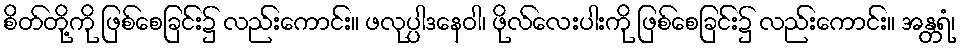
စိတ်တို့ကို ဖြစ်စေခြင်း၌ လည်းကောင်း။ ဖလုပ္ပါဒနေဝါ၊ ဖိုလ်လေးပါးကို ဖြစ်စေခြင်း၌ လည်းကောင်း။ အန္တရံ၊